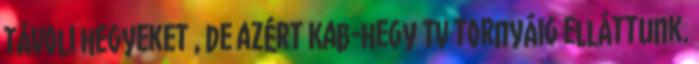
távoli hegyeket , de azért Kab-hegy TV tornyáig elláttunk.